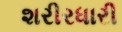
શરીરધારી